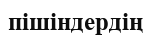
пішіндердің